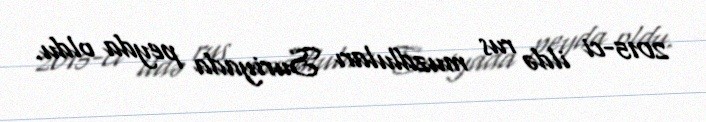
2015-ci ildə rus muzdluları Suriyada peyda oldu.